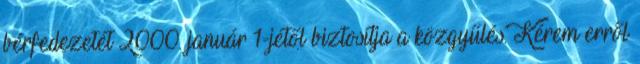
bérfedezetét 2000. január 1-jétől biztosítja a közgyűlés. Kérem erről